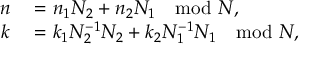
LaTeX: \begin{array} { r l } { n } & { { } = n _ { 1 } N _ { 2 } + n _ { 2 } N _ { 1 } \mod N , } \\ { k } & { { } = k _ { 1 } N _ { 2 } ^ { - 1 } N _ { 2 } + k _ { 2 } N _ { 1 } ^ { - 1 } N _ { 1 } \mod N , } \end{array}